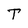
Character: T